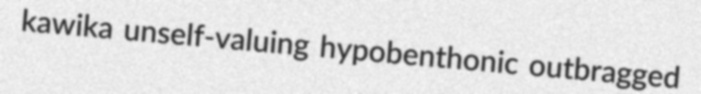
kawika unself-valuing hypobenthonic outbragged